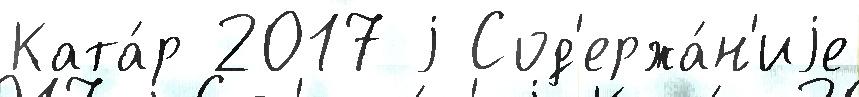
Ката́р 2017 j Сод'ержа́н'иjе